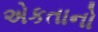
એકતાનો